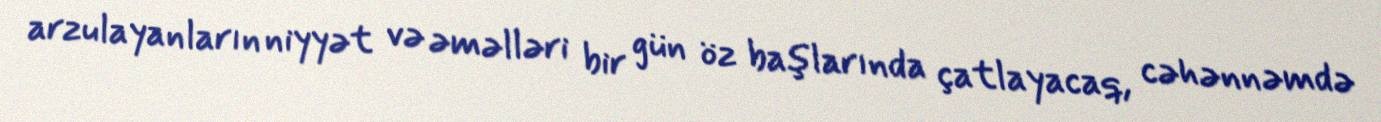
arzulayanların niyyət və əməlləri bir gün öz başlarında çatlayacaq, cəhənnəmdə